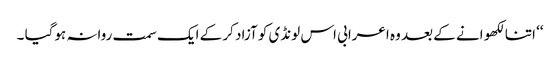
‘‘ اتنا لکھو انے کے بعد وہ اعرابی اس لونڈی کو آزاد کر کے ایک سمت روانہ ہوگیا ۔